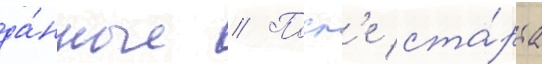
да́нные // Посл'е ста́рта